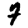
Digit: 7